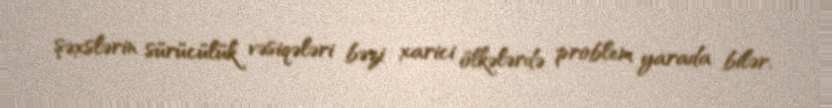
şəxslərin sürücülük vəsiqələri bəzi xarici ölkələrdə problem yarada bilər.